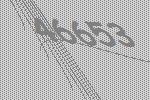
46653